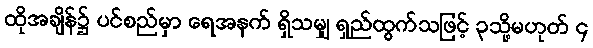
ထိုအချိန်၌ ပင်စည်မှာ ရေအနက် ရှိသမျှ ရှည်ထွက်သဖြင့် ၃သို့မဟုတ် ၄